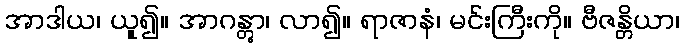
အာဒါယ၊ ယူ၍။ အာဂန္တွာ၊ လာ၍။ ရာဇာနံ၊ မင်းကြီးကို။ ဗီဇန္တိယာ၊